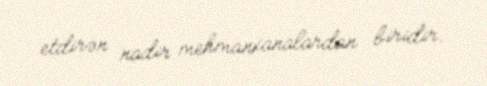
etdirən nadir mehmanxanalardan biridir.